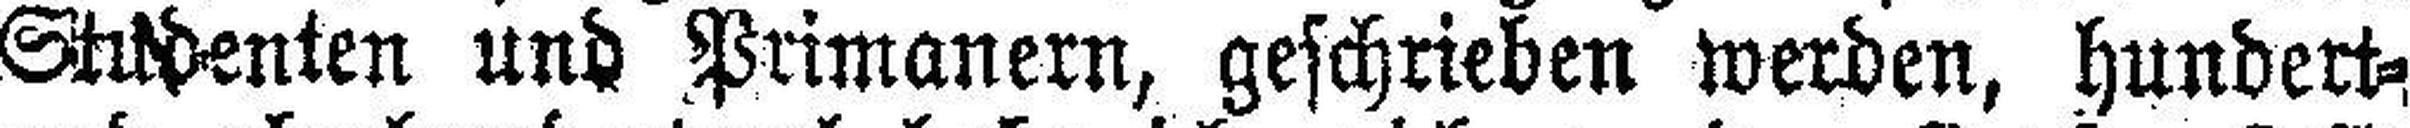
Studenten und Primanern, geschrieben werden, hundert=